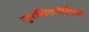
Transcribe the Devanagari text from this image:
सुरक्षिततेविषयी